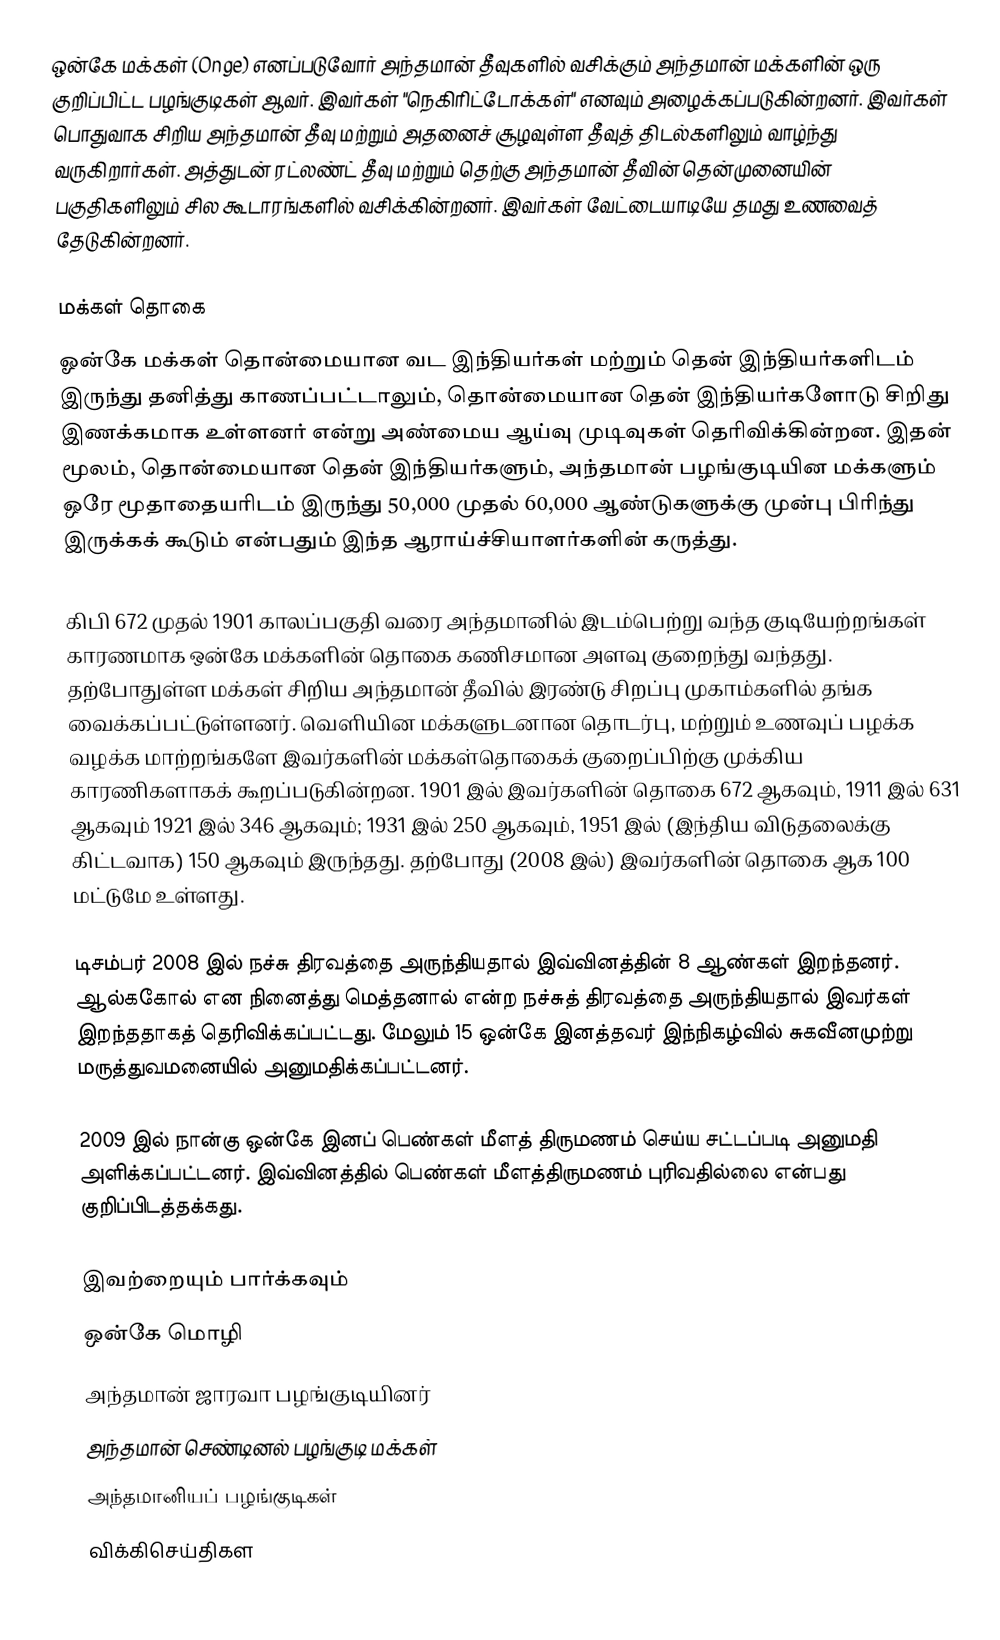
ஒன்கே மக்கள் (Onge) எனப்படுவோர் அந்தமான் தீவுகளில் வசிக்கும் அந்தமான் மக்களின் ஒரு குறிப்பிட்ட பழங்குடிகள் ஆவர். இவர்கள் "நெகிரிட்டோக்கள்" எனவும் அழைக்கப்படுகின்றனர். இவர்கள் பொதுவாக சிறிய அந்தமான் தீவு மற்றும் அதனைச் சூழவுள்ள தீவுத் திடல்களிலும் வாழ்ந்து வருகிறார்கள். அத்துடன் ரட்லண்ட் தீவு மற்றும் தெற்கு அந்தமான் தீவின் தென்முனையின் பகுதிகளிலும் சில கூடாரங்களில் வசிக்கின்றனர். இவர்கள் வேட்டையாடியே தமது உணவைத் தேடுகின்றனர்.

மக்கள் தொகை
ஓன்கே மக்கள் தொன்மையான வட இந்தியர்கள் மற்றும் தென் இந்தியர்களிடம் இருந்து தனித்து காணப்பட்டாலும், தொன்மையான தென் இந்தியர்களோடு சிறிது இணக்கமாக உள்ளனர் என்று அண்மைய ஆய்வு முடிவுகள் தெரிவிக்கின்றன. இதன் மூலம், தொன்மையான தென் இந்தியர்களும், அந்தமான் பழங்குடியின மக்களும் ஒரே மூதாதையரிடம் இருந்து 50,000 முதல் 60,000 ஆண்டுகளுக்கு முன்பு பிரிந்து இருக்கக் கூடும் என்பதும் இந்த ஆராய்ச்சியாளர்களின் கருத்து.

கிபி 672 முதல் 1901 காலப்பகுதி வரை அந்தமானில் இடம்பெற்று வந்த குடியேற்றங்கள் காரணமாக ஒன்கே மக்களின் தொகை கணிசமான அளவு குறைந்து வந்தது. தற்போதுள்ள மக்கள் சிறிய அந்தமான் தீவில் இரண்டு சிறப்பு முகாம்களில் தங்க வைக்கப்பட்டுள்ளனர். வெளியின மக்களுடனான தொடர்பு, மற்றும் உணவுப் பழக்க வழக்க மாற்றங்களே இவர்களின் மக்கள்தொகைக் குறைப்பிற்கு முக்கிய காரணிகளாகக் கூறப்படுகின்றன. 1901 இல் இவர்களின் தொகை 672 ஆகவும், 1911 இல் 631 ஆகவும் 1921 இல் 346 ஆகவும்; 1931 இல் 250 ஆகவும், 1951 இல் (இந்திய விடுதலைக்கு கிட்டவாக) 150 ஆகவும் இருந்தது. தற்போது (2008 இல்) இவர்களின் தொகை ஆக 100 மட்டுமே உள்ளது.

டிசம்பர் 2008 இல் நச்சு திரவத்தை அருந்தியதால் இவ்வினத்தின் 8 ஆண்கள் இறந்தனர். ஆல்ககோல் என நினைத்து மெத்தனால் என்ற நச்சுத் திரவத்தை அருந்தியதால் இவர்கள் இறந்ததாகத் தெரிவிக்கப்பட்டது. மேலும் 15 ஒன்கே இனத்தவர் இந்நிகழ்வில் சுகவீனமுற்று மருத்துவமனையில் அனுமதிக்கப்பட்டனர்.

2009 இல் நான்கு ஒன்கே இனப் பெண்கள் மீளத் திருமணம் செய்ய சட்டப்படி அனுமதி அளிக்கப்பட்டனர். இவ்வினத்தில் பெண்கள் மீளத்திருமணம் புரிவதில்லை என்பது குறிப்பிடத்தக்கது.

இவற்றையும் பார்க்கவும்
 ஒன்கே மொழி
 அந்தமான் ஜாரவா பழங்குடியினர்
 அந்தமான் செண்டினல் பழங்குடி மக்கள்
 அந்தமானியப் பழங்குடிகள்
 விக்கிசெய்திகள